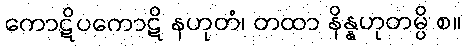
ကောဋိပကောဋိ နဟုတံ၊ တထာ နိန္နဟုတမ္ပိ စ။